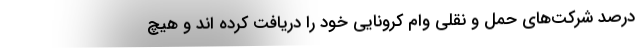
درصد شرکت‌های حمل و نقلی وام کرونایی خود را دریافت کرده اند و هیچ